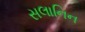
સલાનિન